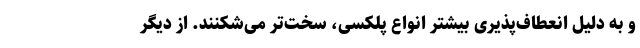
و به دلیل انعطاف‌پذیری‌ بیشتر انواع پلکسی، سخت‌تر می‌شکنند. از دیگر